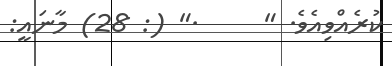
ކުރެއްވިއެވެ. "     ." (: 28) މާނައީ: